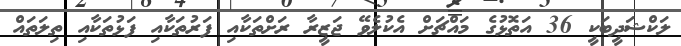
ލަކްޝަދީބަކީ 36 އަތޮޅުގެ މައްޗަށް އެކުލެވޭ ޖަޒީރާ ރަށްތަކާއި ފަރުތަކާއި ފަޅުތަކާއި ތިލަތައް